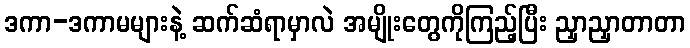
ဒကာ-ဒကာမများနဲ့ ဆက်ဆံရာမှာလဲ အမျိုးတွေကိုကြည့်ပြီး ညှာညှာတာတာ